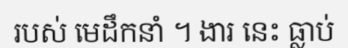
របស់ មេដឹកនាំ ។ ងារ នេះ ធ្លាប់